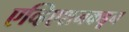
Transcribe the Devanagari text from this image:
एव्हिएशनकडून